Vaccination in Bombay 1924-1928 - 1924-1928
Year: 1924
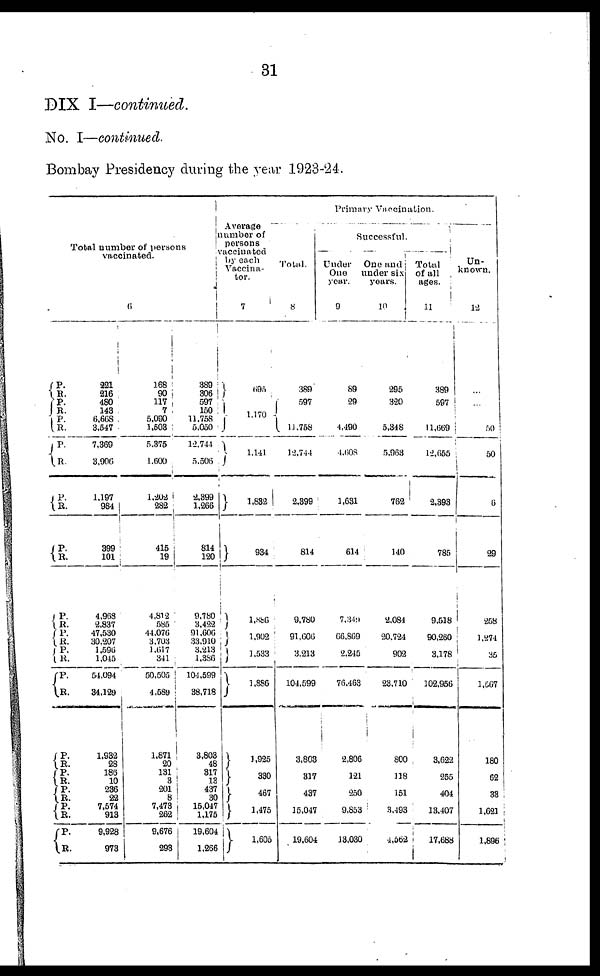
31
DIX I—continued.
No. I—continued.
Bombay Presidency during the year 1923-24.
Total number of persons
vaccinated.
6
P.
R.
P.
R.
P.
R.
P.
R.
P.
R.
P.
R.
P.
R.
P.
R.
P.
R.
P.
R.
P.
R.
P.
R.
P.
R.
P.
R.
P.
R.
221
216
480
143
6,668
3,547
7,369
3,906
1,197
984
399
101
4,968
2,837
47,530
30,207
1,596
1,045
54,094
34,129
1,932
28
186
10
236
22
7,574
913
9,928
973
168
90
117
7
5,090
1,503
5,375
1,600
1,204
282
415
19
4,812
585
44,076
3,703
1,617
341
50,505
4,589
1,871
20
131
3
201
8
7,473
262
9,676
293
389
306
597
150
11,758
5,050
12,744
5,506
2,399
1,266
814
120
9,780
3,422
91,606
33,910
3,213
1,386
104,599
38,718
3,803
48
317
13
437
30
15,047
1,175
19,604
1,266
Average
number of
persons
vaccinated
by each
Vaccina¬
tor.
7
695
1,170
1,141
1,832
934
1,886
1,902
1,533
1,886
1,925
330
467
1,475
1,605
Primary Vaccination.
Total.
8
389
597
11,758
12,744
2,399
814
9,780
91,606
3,213
104,599
3,803
317
437
15,047
19,604
Successful.
Under
One
year.
9
89
29
4,490
4,608
1,631
614
7,349
66,869
2,245
76,463
2,806
121
250
9,853
13,030
One and
under six
years.
10
295
320
5,348
5,963
762
140
2,084
20,724
902
23,710
800
118
151
3,493
4,562
Total
of all
ages.
11
389
597
11,669
12,655
2,393
785
9,518
90,260
3,178
102,956
3,622
255
404
13,407
17,688
Un-
known.
12
...
...
50
50
6
29
258
1,274
35
1,567
180
62
33
1,621
1,896